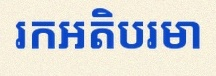
រកអតិបរមា